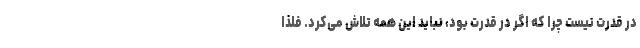
در قدرت نیست چرا که اگر در قدرت بود، نباید این همه تلاش می‌کرد. فلذا